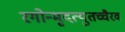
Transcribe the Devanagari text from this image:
रगोन्मृदत्युतच्चैरव